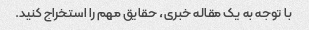
با توجه به یک مقاله خبری، حقایق مهم را استخراج کنید.